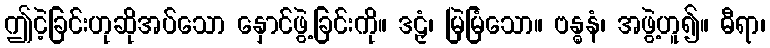
ဤငဲ့ခြင်းဟုဆိုအပ်သော နှောင်ဖွဲ့ခြင်းကို။ ဒဠှံ၊ မြဲမြံသော။ ဗန္ဓနံ၊ အဖွဲ့ဟူ၍။ ဓီရာ၊